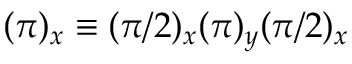
( \pi ) _ { x } \equiv ( \pi / 2 ) _ { x } ( \pi ) _ { y } ( \pi / 2 ) _ { x }